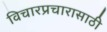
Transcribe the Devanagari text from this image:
विचारप्रचारासाठी